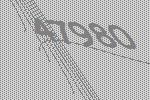
47980